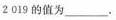
2 0 1 9$$的值为___.